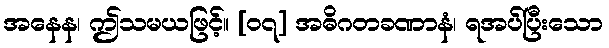
အနေန၊ ဤသမယဖြင့်။ [၀၇] အဓိဂတခဏာနံ၊ ရအပ်ပြီးသော